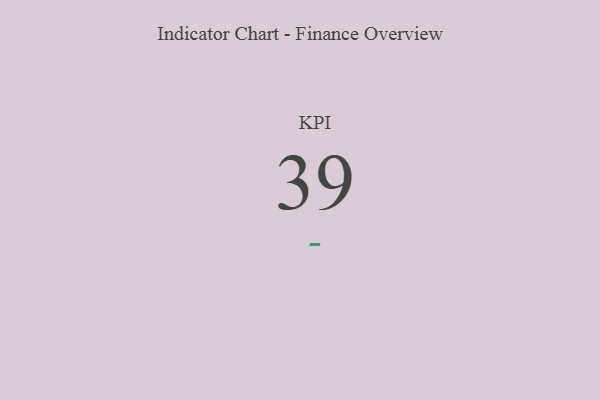
{"axis": {"x": "KPI", "y": "Value"}, "legend": [""], "data": [{"x": "KPI", "y": 39, "type": ""}]}